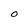
Character: 0